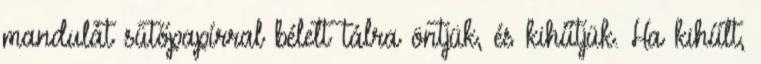
mandulát sütőpapírral bélelt tálra öntjük, és kihűtjük. Ha kihűlt,